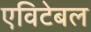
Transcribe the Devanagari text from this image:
एविटेबल